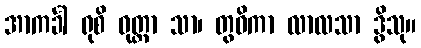
အာကင်္ခါ ရုစိ ဝုတ္တာ သာ၊ တွဓိကာ လာလသာ ဒွိသု။